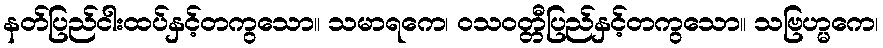
နတ်ပြည်ငါးထပ်နှင့်တကွသော။ သမာရကေ၊ ဝသဝတ္တီပြည်နှင့်တကွသော။ သဗြဟ္မကေ၊